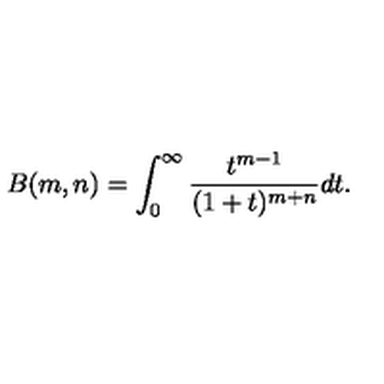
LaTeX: B ( m , n ) = \int _ { 0 } ^ { \infty } \frac { t ^ { m - 1 } } { ( 1 + t ) ^ { m + n } } d t .